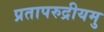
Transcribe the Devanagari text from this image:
प्रतापरुद्रीयमु